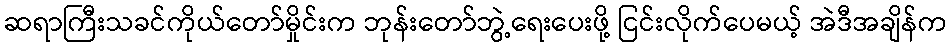
ဆရာကြီးသခင်ကိုယ်တော်မှိုင်းက ဘုန်းတော်ဘွဲ့ရေးပေးဖို့ ငြင်းလိုက်ပေမယ့် အဲဒီအချိန်က